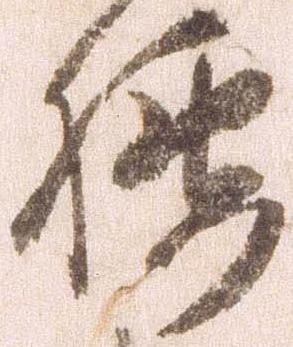
腰